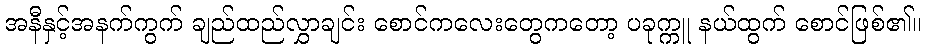
အနီနှင့်အနက်ကွက် ချည်ထည်လွှာချင်း စောင်ကလေးတွေကတော့ ပခုက္ကူ နယ်ထွက် စောင်ဖြစ်၏။